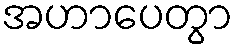
အဟာပေတွာ